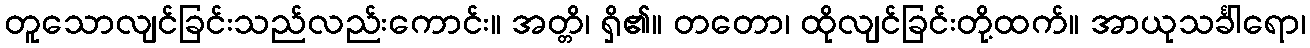
တူသောလျင်ခြင်းသည်လည်းကောင်း။ အတ္တိ၊ ရှိ၏။ တတော၊ ထိုလျင်ခြင်းတို့ထက်။ အာယုသင်္ခါရော၊